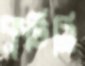
কুটিলি